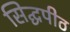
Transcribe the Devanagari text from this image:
सिद्घपीठ